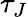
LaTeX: \tau_{J}